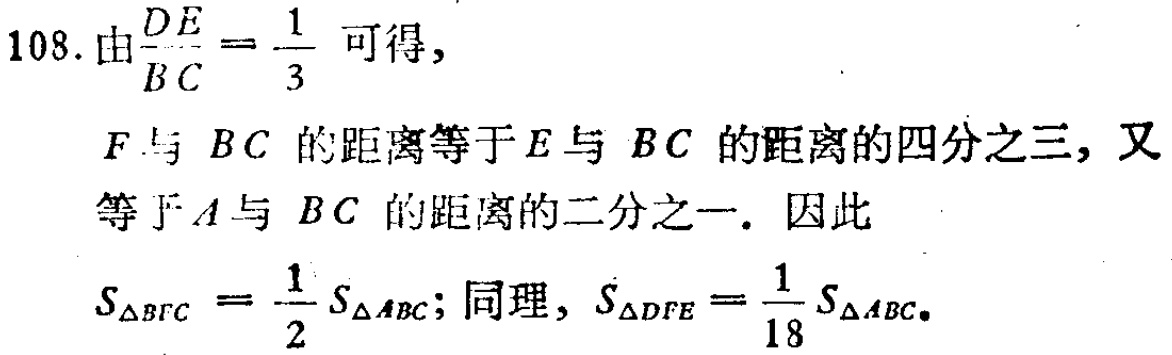
108. 由$\frac{DE}{BC}=\frac{1}{3}$可得，

$F$与$BC$的距离等于$E$与$BC$的距离的四分之三，又等于$A$与$BC$的距离的二分之一. 因此

$S_{\triangle BFC}=\frac{1}{2}S_{\triangle ABC}$; 同理, $S_{\triangle DFE}=\frac{1}{18}S_{\triangle ABC}$.